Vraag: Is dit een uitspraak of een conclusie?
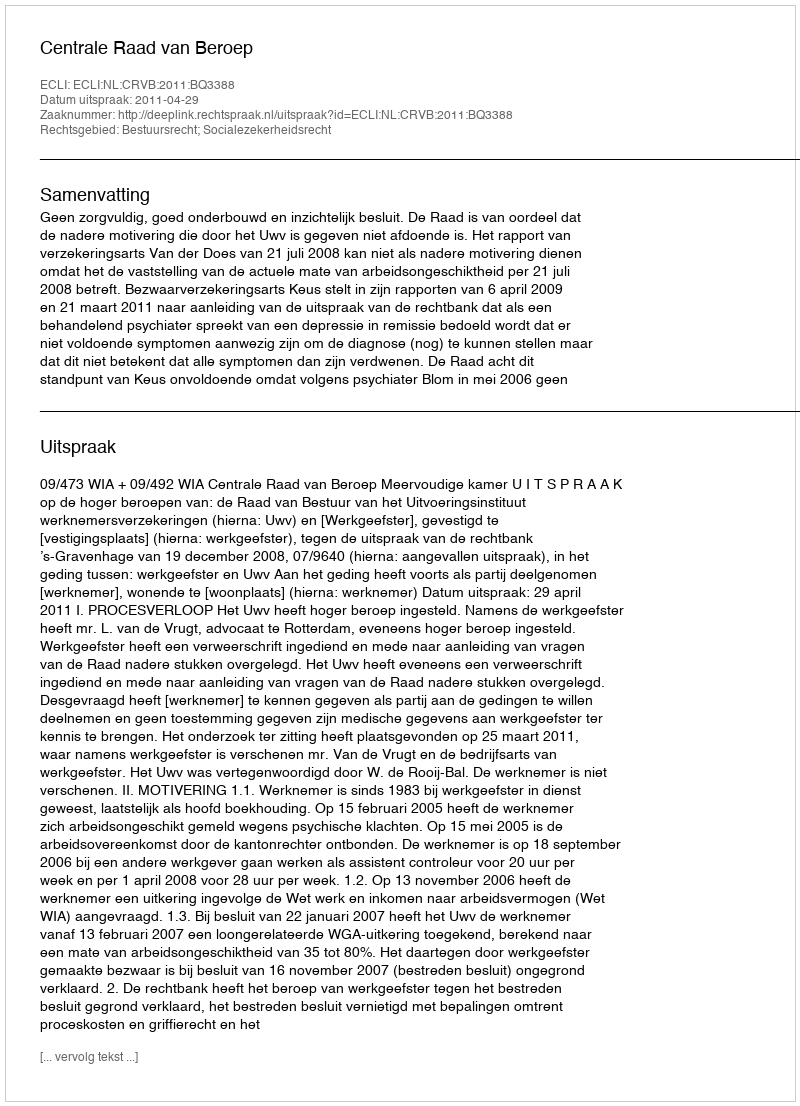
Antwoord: Uitspraak